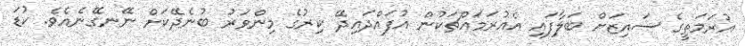
އުރަމަތީގެ ސައިޒަށް ބަލާފައި އެއުރަމައްޗަކުން އުފައްދައިދޭ ކިރުގެ މިންވަރު ބުނެދޭކަށް ނޭނގޭނެއެވެ. ކުޑަ